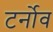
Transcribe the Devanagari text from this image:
टर्नोव